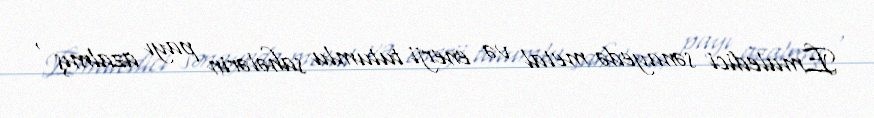
Emaledici sənayedə metal və enerji tutumlu sahələrin payı azalmış ,